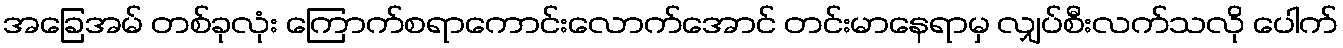
အခြေအမ် တစ်ခုလုံး ကြောက်စရာကောင်းလောက်အောင် တင်းမာနေရာမှ လျှပ်စီးလက်သလို ပေါက်